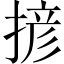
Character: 𢱘